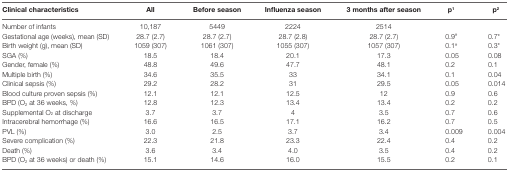
<table><thead><tr><td><b>Clinical characteristics</b></td><td><b>All</b></td><td><b>Before season</b></td><td><b>Influenza season</b></td><td><b>3 months after season</b></td><td><b>p<sup>1</sup></b></td><td><b>p<sup>2</sup></b></td></tr></thead><tbody><tr><td>Number of infants</td><td>10,187</td><td>5449</td><td>2224</td><td>2514</td><td></td><td></td></tr><tr><td>Gestational age (weeks), mean (SD)</td><td>28.7 (2.7)</td><td>28.7 (2.7)</td><td>28.7 (2.8)</td><td>28.7 (2.7)</td><td>0.9<sup>#</sup></td><td>0.7*</td></tr><tr><td>Birth weight (g), mean (SD)</td><td>1059 (307)</td><td>1061 (307)</td><td>1055 (307)</td><td>1057 (307)</td><td>0.1<sup>#</sup></td><td>0.3*</td></tr><tr><td>SGA (%)</td><td>18.5</td><td>18.4</td><td>20.1</td><td>17.3</td><td>0.05</td><td>0.08</td></tr><tr><td>Gender, female (%)</td><td>48.8</td><td>49.6</td><td>47.7</td><td>48.1</td><td>0.2</td><td>0.1</td></tr><tr><td>Multiple birth (%)</td><td>34.6</td><td>35.5</td><td>33</td><td>34.1</td><td>0.1</td><td>0.04</td></tr><tr><td>Clinical sepsis (%)</td><td>29.2</td><td>28.2</td><td>31</td><td>29.5</td><td>0.05</td><td>0.014</td></tr><tr><td>Blood culture proven sepsis (%)</td><td>12.1</td><td>12.1</td><td>12.5</td><td>12</td><td>0.9</td><td>0.6</td></tr><tr><td>BPD (O<sub>2</sub> at 36 weeks, %)</td><td>12.8</td><td>12.3</td><td>13.4</td><td>13.4</td><td>0.2</td><td>0.2</td></tr><tr><td>Supplemental O<sub>2</sub> at discharge</td><td>3.7</td><td>3.7</td><td>4</td><td>3.5</td><td>0.7</td><td>0.6</td></tr><tr><td>Intracerebral hemorrhage (%)</td><td>16.6</td><td>16.5</td><td>17.1</td><td>16.2</td><td>0.7</td><td>0.5</td></tr><tr><td>PVL (%)</td><td>3.0</td><td>2.5</td><td>3.7</td><td>3.4</td><td>0.009</td><td>0.004</td></tr><tr><td>Severe complication (%)</td><td>22.3</td><td>21.8</td><td>23.3</td><td>22.4</td><td>0.4</td><td>0.2</td></tr><tr><td>Death (%)</td><td>3.6</td><td>3.4</td><td>4.0</td><td>3.5</td><td>0.4</td><td>0.2</td></tr><tr><td>BPD (O<sub>2</sub> at 36 weeks) or death (%)</td><td>15.1</td><td>14.6</td><td>16.0</td><td>15.5</td><td>0.2</td><td>0.1</td></tr></tbody></table>